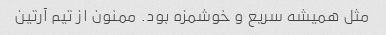
مثل همیشه سریع و خوشمزه بود. ممنون از تیم آرتین